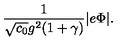
{ \frac { 1 } { \sqrt { c _ { 0 } } g ^ { 2 } ( 1 + \gamma ) } } | e \Phi | .